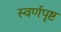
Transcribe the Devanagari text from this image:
स्वर्णपृष्ट